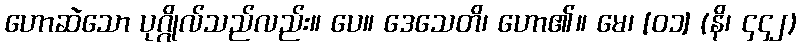
ဟောဆဲသော ပုဂ္ဂိုလ်သည်လည်း။ ပေ။ ဒေသေတိ၊ ဟော၏။ မေ၊ [၀၁] (နိ၊ ၄၄၂)